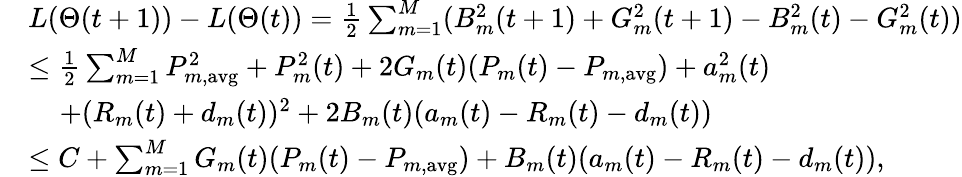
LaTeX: \begin{array}{rl}&{L(\Theta(t+1))-L(\Theta(t))=\frac{1}{2}\sum_{m=1}^{M}(B_{m}^{2}(t+1)+G_{m}^{2}(t+1)-B_{m}^{2}(t)-G_{m}^{2}(t))}\\ &{\leq\frac{1}{2}\sum_{m=1}^{M}P_{m,\mathrm{avg}}^{2}+P_{m}^{2}(t)+2G_{m}(t)(P_{m}(t)-P_{m,\mathrm{avg}})+a_{m}^{2}(t)}\\ &{\; \; \; \; +(R_{m}(t)+d_{m}(t))^{2}+2B_{m}(t)(a_{m}(t)-R_{m}(t)-d_{m}(t))}\\ &{\leq C+\sum_{m=1}^{M}G_{m}(t)(P_{m}(t)-P_{m,\mathrm{avg}})+B_{m}(t)(a_{m}(t)-R_{m}(t)-d_{m}(t)),}\end{array}